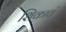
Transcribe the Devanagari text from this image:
शिकावं